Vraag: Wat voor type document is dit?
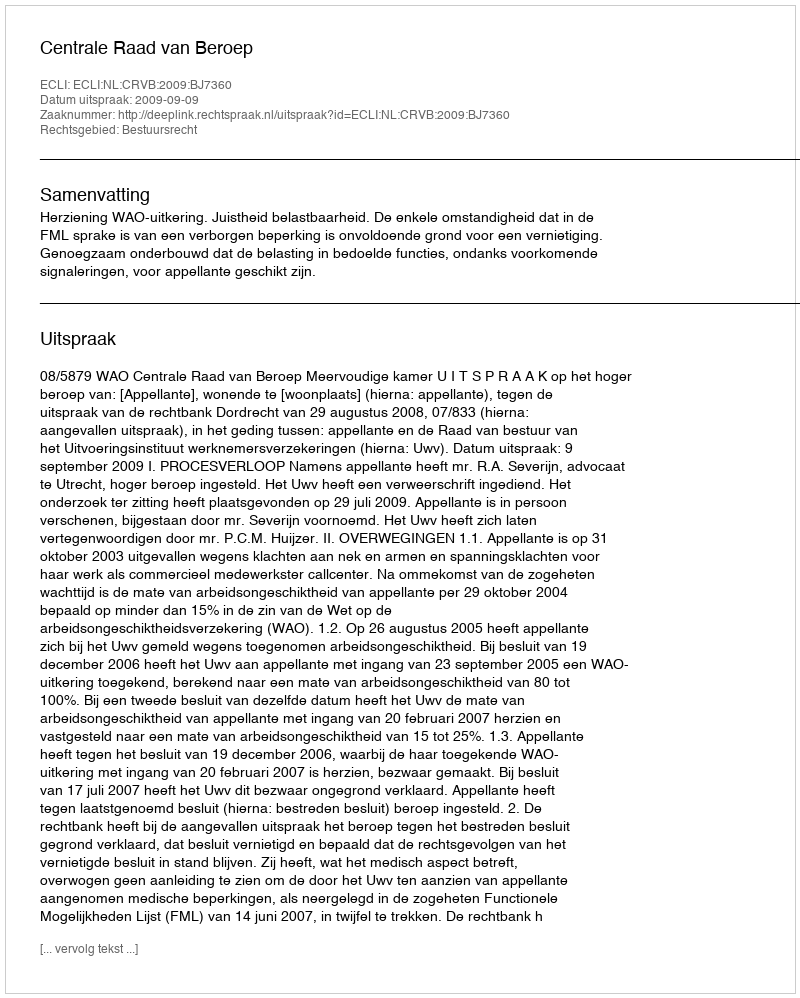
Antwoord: Uitspraak